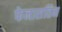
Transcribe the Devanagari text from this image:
फेनासतिन